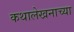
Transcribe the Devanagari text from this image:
कथालेखनाच्या